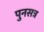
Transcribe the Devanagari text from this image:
पुनसत्र